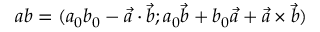
a b = ( a _ { 0 } b _ { 0 } - { \vec { a } } \cdot { \vec { b } } ; a _ { 0 } { \vec { b } } + b _ { 0 } { \vec { a } } + { \vec { a } } \times { \vec { b } } )